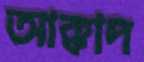
আক্কাদ